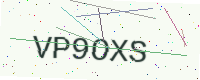
Text: VP9OXS